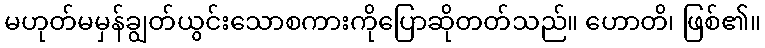
မဟုတ်မမှန်ချွတ်ယွင်းသောစကားကိုပြောဆိုတတ်သည်။ ဟောတိ၊ ဖြစ်၏။